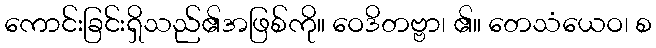
ကောင်းခြင်းရှိသည်၏အဖြစ်ကို။ ဝေဒိတဗ္ဗာ၊ ၏။ တေသံယေဝ၊ စ